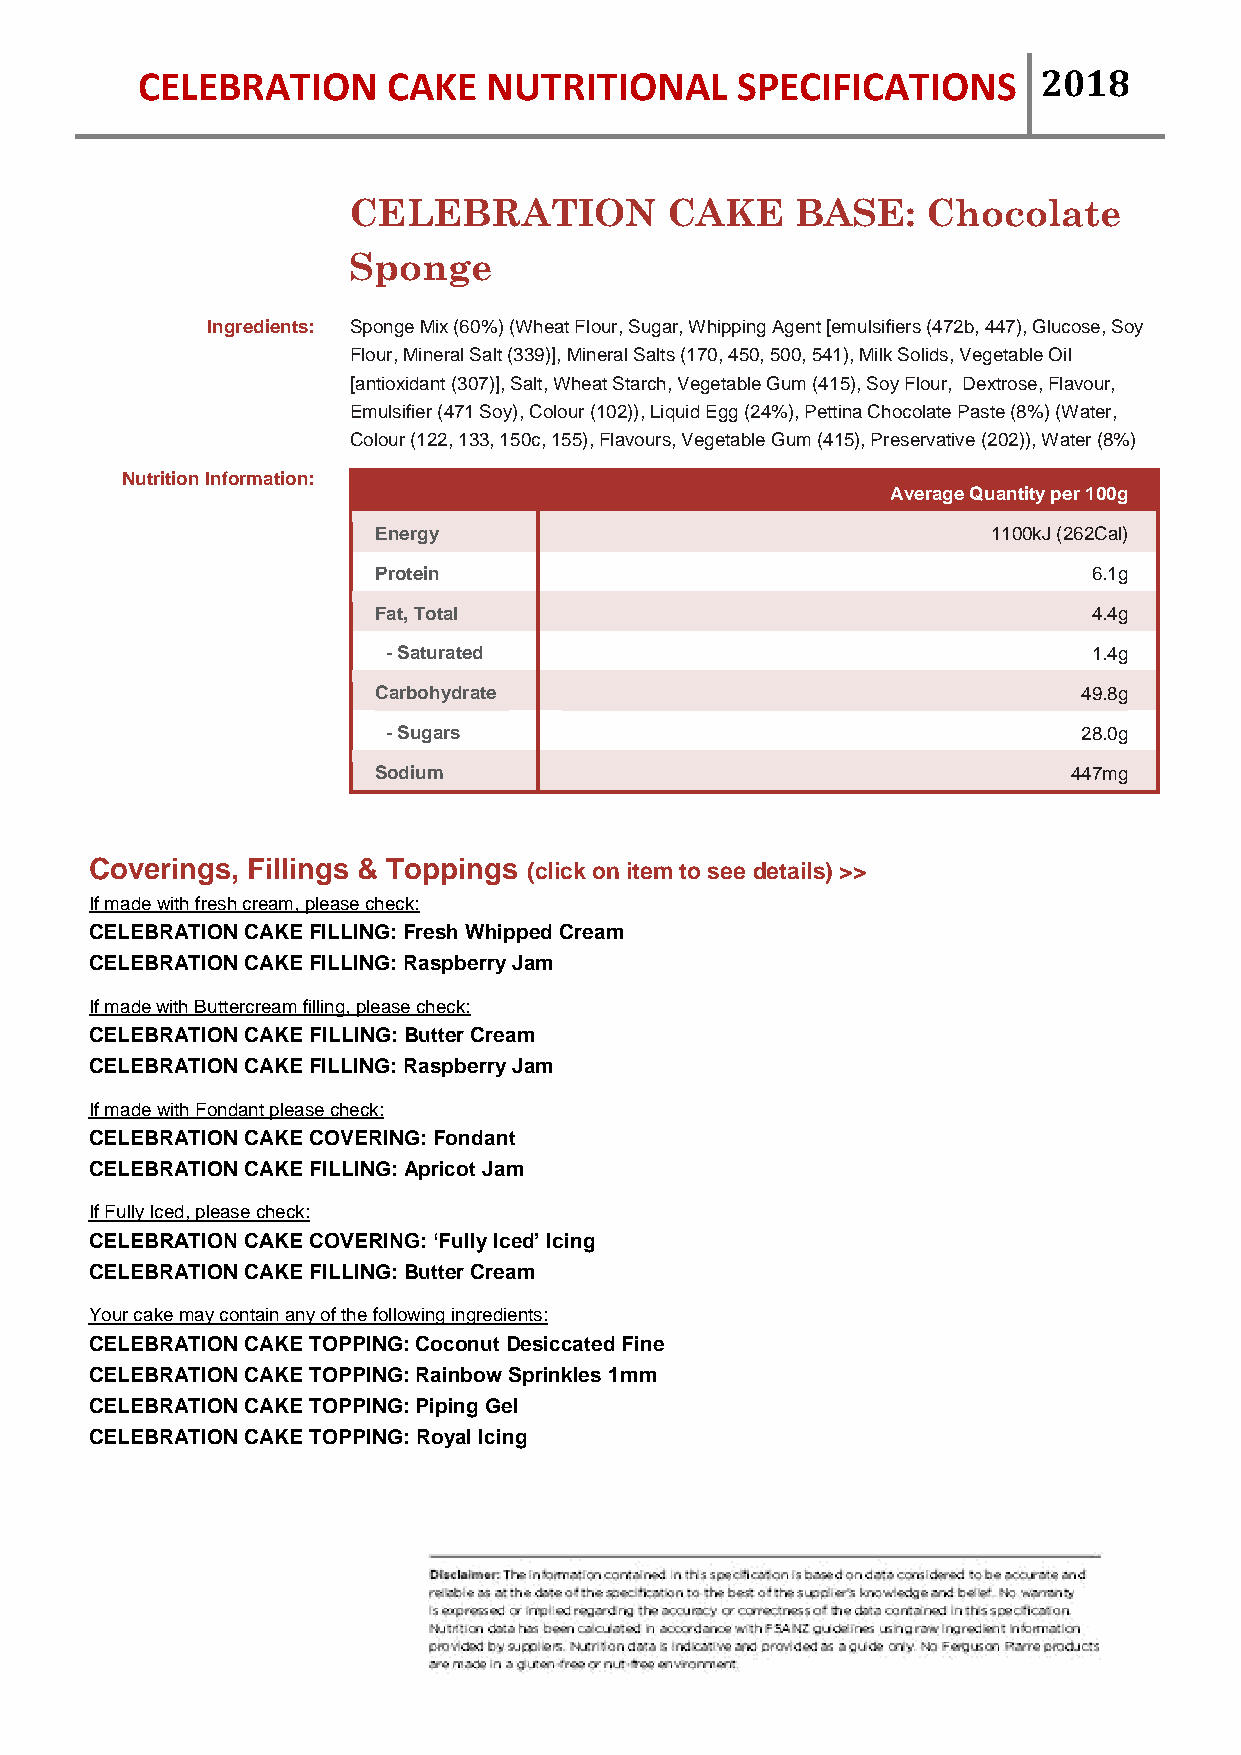
CELEBRATION      CAKE  NUTRITIONAL      SPECIFICATIONS      2018
 CELEBRATION          CAKE     BASE:   Chocolate
 Sponge
 Ingredients: Sponge Mix (60%) (Wheat Flour, Sugar, Whipping Agent [emulsifiers (472b, 447), Glucose, Soy
 Flour, Mineral Salt (339)], Mineral Salts (170, 450, 500, 541), Milk Solids, Vegetable Oil
 [antioxidant (307)], Salt, Wheat Starch, Vegetable Gum (415), Soy Flour, Dextrose, Flavour,
 Emulsifier (471 Soy), Colour (102)), Liquid Egg (24%), Pettina Chocolate Paste (8%) (Water,
 Colour (122, 133, 150c, 155), Flavours, Vegetable Gum (415), Preservative (202)), Water (8%)
 Nutrition Information:
 Average Quantity per 100g
 Energy                                   1100kJ (262Cal)
 Protein                                        6.1g
 Fat, Total                                     4.4g
 - Saturated                                   1.4g
 Carbohydrate                                   49.8g
 - Sugars                                      28.0g
 Sodium                                        447mg
 Coverings, Fillings & Toppings (click on item to see details) >>
 If made with fresh cream, please check:
 CELEBRATION CAKE FILLING: Fresh Whipped Cream
 CELEBRATION CAKE FILLING: Raspberry Jam
 If made with Buttercream filling, please check:
 CELEBRATION CAKE FILLING: Butter Cream
 CELEBRATION CAKE FILLING: Raspberry Jam
 If made with Fondant please check:
 CELEBRATION CAKE COVERING: Fondant
 CELEBRATION CAKE FILLING: Apricot Jam
 If Fully Iced, please check:
 CELEBRATION CAKE COVERING: ‘Fully Iced’ Icing
 CELEBRATION CAKE FILLING: Butter Cream
 Your cake may contain any of the following ingredients:
 CELEBRATION CAKE TOPPING: Coconut Desiccated Fine
 CELEBRATION CAKE TOPPING: Rainbow Sprinkles 1mm
 CELEBRATION CAKE TOPPING: Piping Gel
 CELEBRATION CAKE TOPPING: Royal Icing